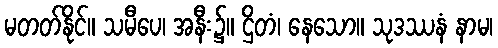
မတတ်နိုင်။ သမီပေ၊ အနီး၌။ ဌိတံ၊ နေသော။ သုဒဿနံ နာမ၊